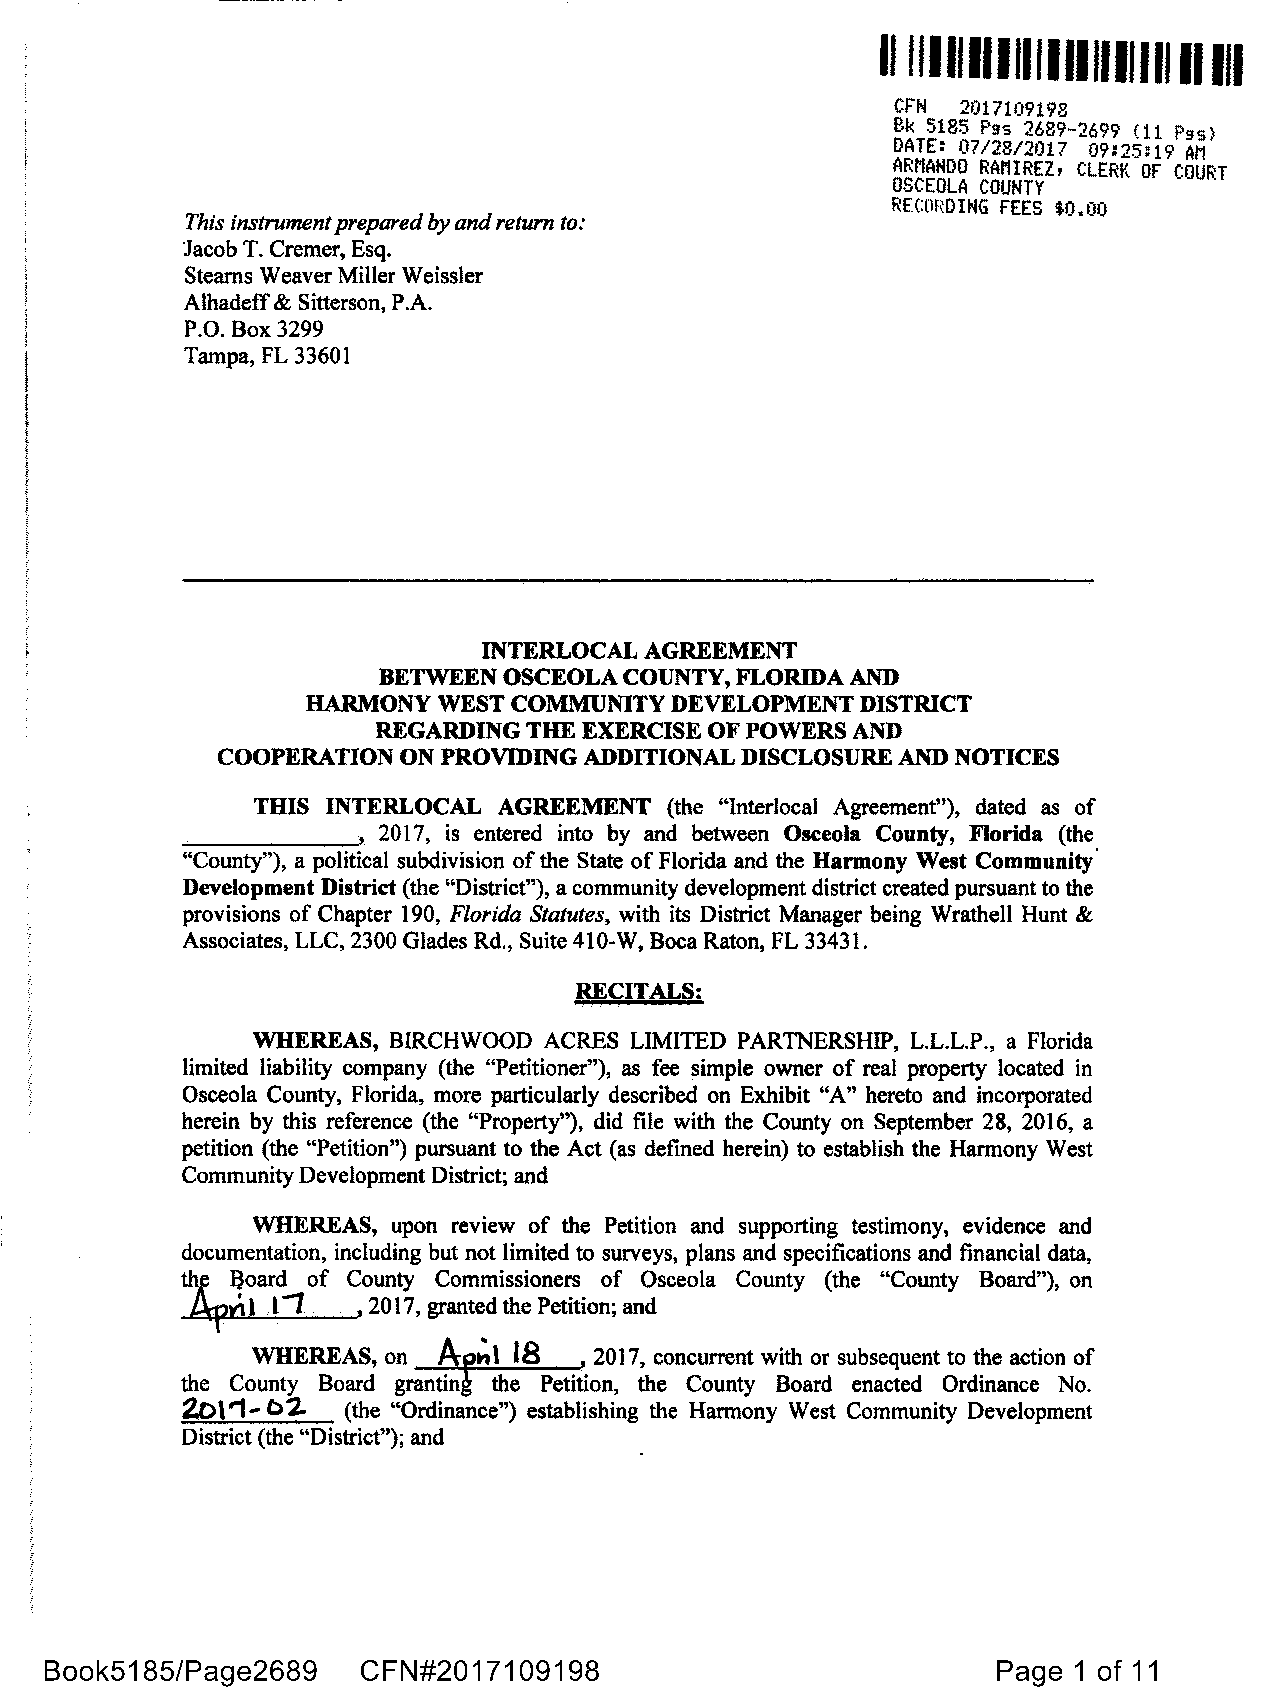
II IIIIIII 1111111111111111111
 CFN  2017109198
 Bk 5185 Pss 2689-2699 (11 Pss)
 DATE: 07/28/2017 09:25:19 Al1
 ARMANDO RAMIREZ, CLERK Of COURT
 OSCEOLA COUNTY
 RECORDING FEES $0.00
 This instrument prepared by and return to:
 Jacob T. Cremer, Esq.
 Stearns Weaver Miller Weissler
 Alhadeff & Sitterson, P.A.
 P.O. Box 3299
 Tampa, FL 33601
 INTERLOCAL AGREEMENT
 BETWEEN OSCEOLA COUNTY, FLORIDA AND
 HARMONY  WEST COMMUNITY DEVELOPMENT  DISTRICT
 REGARDING THE EXERCISE OF POWERS AND
 COOPERATION ON PROVIDING ADDITIONAL DISCLOSURE AND NOTICES
 THIS INTERLOCAL AGREEMENT  (the "lnterlocal Agreement"), dated as of
 2017, is entered into by and between Osceola County, Florida (the
 "County"), a political subdivision of the State of Florida and the Harmony West Community
 Development District (the "District"), a community development district created pursuant to the
 provisions of Chapter 190, Florida Statutes, with its District Manager being Wrathell Hunt &
 Associates, LLC, 2300 Glades Rd., Suite 410-W, Boca Raton, FL 33431.
 RECITALS:
 WHEREAS, BIRCHWOOD ACRES LIMITED PARTNERSHIP, L.L.L.P., a Florida
 limited liability company (the "Petitioner"), as fee simple owner of real property located in
 Osceola County, Florida, more particularly described on Exhibit "A" hereto and incorporated
 herein by this reference (the "Property"), did file with the County on September 28, 2016, a
 petition (the "Petition") pursuant to the Act (as defined herein) to establish the Harmony West
 Community Development District; and
 WHEREAS, upon review of the Petition and supporting testimony, evidence and
 documentation, including but not limited to surveys, plans and specifications and financial data,
 ~l3oard of County Commissioners of Osceola County (the "County Board"), on
 _apri
 1 l1    , 2017, granted the Petition; and
 WHEREAS, on    ~I 18  2017, concurrent with or subsequent to the action of
 the County Board grantin the Petition, the County Board enacted Ordinance No.
 2.o1'1--b2 (the "Ordinance") establishing the Harmony West Community Development
 District (the "District"); and
 Book5185/Page2689    CFN#2017109198                            Page 1 of 11